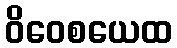
ဝိဝေစယေထ